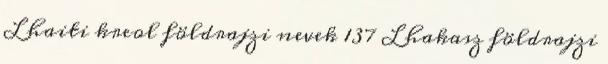
L haiti kreol földrajzi nevek‎ 137 L hakasz földrajzi